Lunatic asylums Punjab 1881-1894 - 1881-1894
Year: 1881
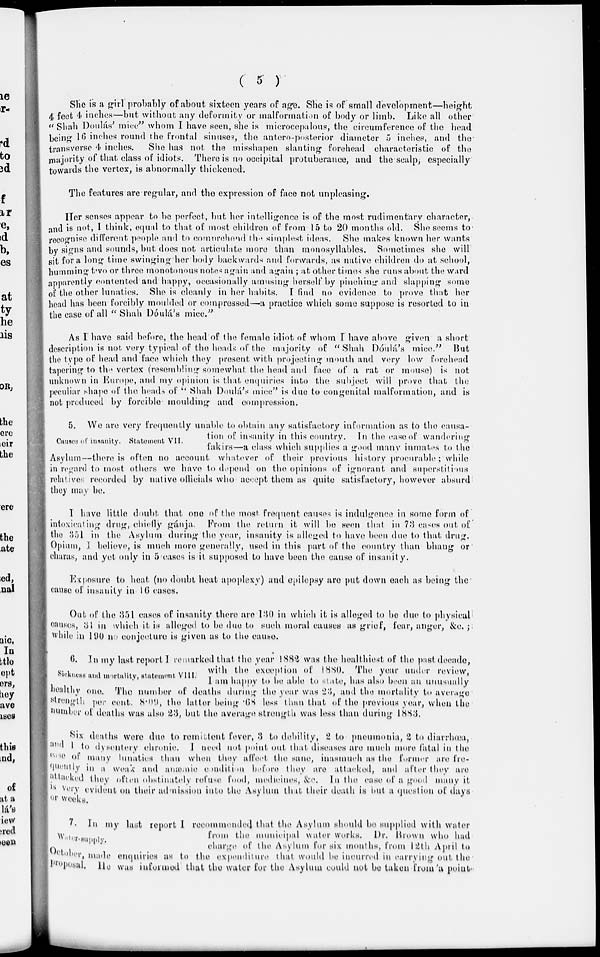
( 5 )
She is a girl probably of about sixteen years of age. She is of small development—height
4 feet 4 inches—but without any deformity or malformation of body or limb. Like all other
" Shah Doulás' mice" whom I have seen, she is microcepalous, the circumference of the head
being 16 inches round the frontal sinuses, the antero-posterior diameter 5 inches, and the
transverse 4 inches.
She has not the misshapen slanting forehead characteristic of the
majority of that class of idiots. There is no occipital protuberance, and the scalp; especially
towards the vertex, is abnormally thickened.
The features are regular, and the expression of face not unpleasing.
Her senses appear to be perfect, but her intelligence is of the most rudimentary character,
and is not, I think, equal to that of most children of from 15 to 20 months old. She seems to
recognise different people and to comprehend the simplest ideas. She makes known her wants
by signs and sounds, but does not articulate more than monosyllables. Sometimes she will
sit for a long time swinging her body backwards and forwards, as native children do at school,
humming two or three monotonous notes again and again ; at other times she runs about the ward
apparently contented and happy, occasionally amusing herself by pinching and slapping some
of the other lunatics. She is cleanly in her habits. I find no evidence to prove that her
head has been forcibly moulded or compressed—a practice which some suppose is resorted to in
the case of all " Shah Dóulá's mice."
As I have said before, the head of the female idiot of whom I have above given a short
description is not. very typical of the heads of the majority of "Shah Dóulá's mice." But
the type of head and face which they present with projecting mouth and very low forehead
tapering to the vertex (resembling somewhat the head and face of a rat or mouse) is not
unknown in Europe, and my opinion is that enquiries into the subject will prove that the
peculiar shape of the heads of " Shah Doulá's mice" is due to congenital malformation, and is
not produced by forcible moulding and compression.
Causes of insanity. Statement VII.
5. We are very frequently unable to obtain any satisfactory information as to the causa-
tion of insanity in this country. In the case of wandering
fakirs—a class which supplies a good many inmates to the
Asylum—there is often no account whatever of their previous history procurable; while
in regard to most others we have to depend on the opinions of ignorant and superstitious
relatives recorded by native officials who accept them as quite satisfactory, however absurd
they may be.
I have little doubt that one of the most frequent causes is indulgence in some form of
intoxicating drug, chiefly gánja. From the return it will be seen that in 73 cases out of
the 351 in the Asylum during the year, insanity is alleged to have been due to that drug.
Opium, I believe, is much more generally, used in this part of the country than bhang or
charas, and yet only in 5 cases is it supposed to have been the cause of insanity.
Exposure to heat (no doubt heat apoplexy) and epilepsy are put down each as being the
cause of insanity in 16 cases.
Out of the 351 cases of insanity there are 130 in which it is alleged to be due to physical
onuses, 31 in which it is alleged to be due to such moral causes as grief, four, anger, &c.;
while in 190 no conjecture is given us to the cause.
Sickness and mortality, statement VIII.
6. In my last report I remarked that the year 1882 was the healthiest of the past decade,
with the exception of 1880. The year under review,
I am happy to be able to state, has also been an unusually
healthy one. The number of deaths during the year was 23, and the mortality to average
strength per cent. 8.09, the latter being .68 less than that of the previous year, when the
number of deaths was also 23, but the average strength was less than during 1883.
Six deaths were due to remittent fever, 3 to debility, 2 to pneumonia, 2 to diarrhœa,
and 1 to dysentery chronic. I need not point out that diseases are much more fatal in the
case of many lunatics than when they affect the sane, inasmuch as the former are fre-
quently in a weak and anœmie condition before they are attacked, and after they are
attacked they often obstinately refuse food , medicines, &c. In the case of a good many it
is very evident on their admission into the Asylum that their death is hut a question of days
or weeks.
Water supply.
7. In my last report I recommended that the Asylum should be supplied with water
from the municipal water works. Dr. Brown who had
charge of the Asylum for six months, from 12th April to
October, made enquiries as to the expenditure that would be incurred in carrying out the
proposal. He was informed that the water for the Asylum could not be taken from a point.